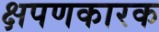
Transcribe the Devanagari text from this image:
क्षपणकारक